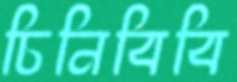
চিনিবিবি